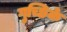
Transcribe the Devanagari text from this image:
गुच्छिके